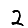
Digit: 2